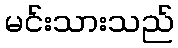
မင်းသားသည်